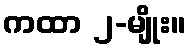
ကထာ ၂-မျိုး။